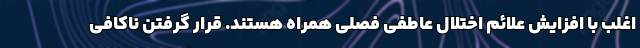
اغلب با افزایش علائم اختلال عاطفی فصلی همراه هستند. قرار گرفتن ناکافی